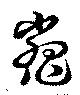
鼈